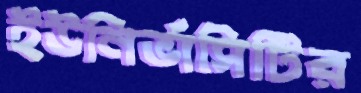
ইউনির্ভাসিটির